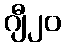
ဂျီ၂၀